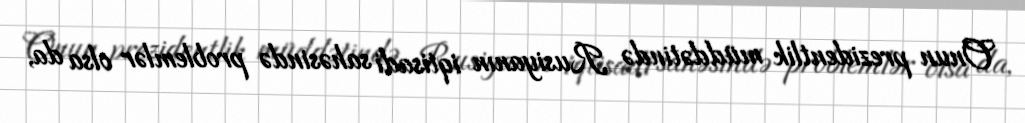
Onun prezidentlik müddətində Rusiyanın iqtisadi sahəsində problemlər olsa da,